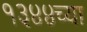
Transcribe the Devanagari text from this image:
१३४४च्या